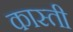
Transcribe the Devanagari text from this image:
कास्ती